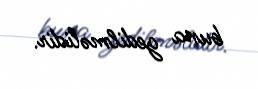
buna gedilməlidir.